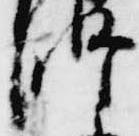
師